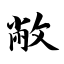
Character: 敝